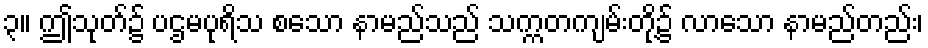
၃။ ဤသုတ်၌ ပဌမပုရိသ စသော နာမည်သည် သက္ကတကျမ်းတို့၌ လာသော နာမည်တည်း၊